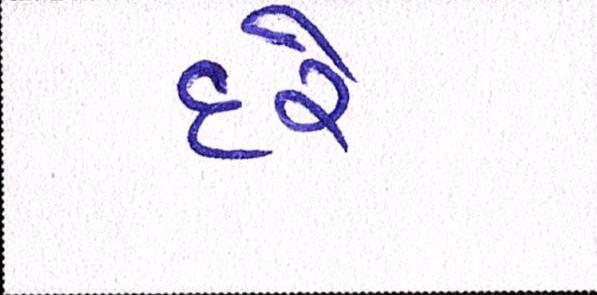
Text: દરે